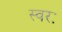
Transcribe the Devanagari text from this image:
स्वरः